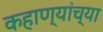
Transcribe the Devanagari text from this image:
कहाण्यांच्या